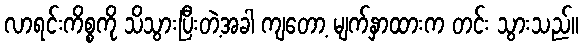
လာရင်းကိစ္စကို သိသွားပြီးတဲ့အခါ ကျတော့ မျက်နှာထားက တင်း သွားသည်။